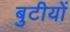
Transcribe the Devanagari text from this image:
बुटीयों